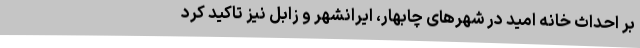
بر احداث خانه امید در شهرهای چابهار، ایرانشهر و زابل نیز تاکید کرد